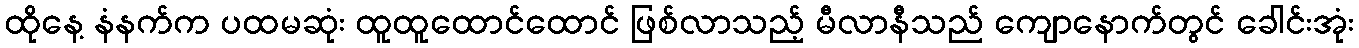
ထိုနေ့ နံနက်က ပထမဆုံး ထူထူထောင်ထောင် ဖြစ်လာသည့် မီလာနီသည် ကျောနောက်တွင် ခေါင်းအုံး